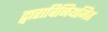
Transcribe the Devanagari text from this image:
द्वाराविनियमित